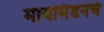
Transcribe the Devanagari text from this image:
मायर्मिडनचे